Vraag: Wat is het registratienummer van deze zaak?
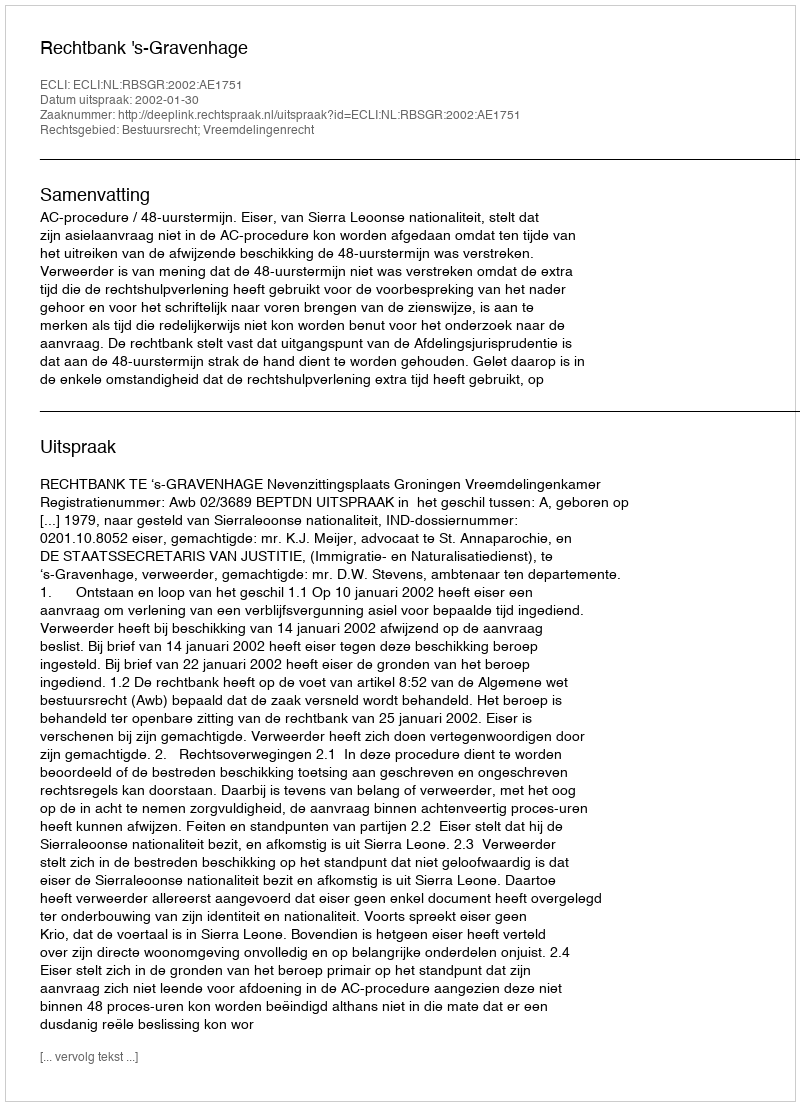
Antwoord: http://deeplink.rechtspraak.nl/uitspraak?id=ECLI:NL:RBSGR:2002:AE1751